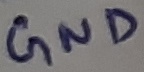
Text: GND